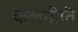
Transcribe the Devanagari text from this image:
कलनीति